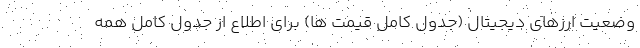
وضعیت ارزهای دیجیتال (جدول کامل قیمت ها) برای اطلاع از جدول کامل همه